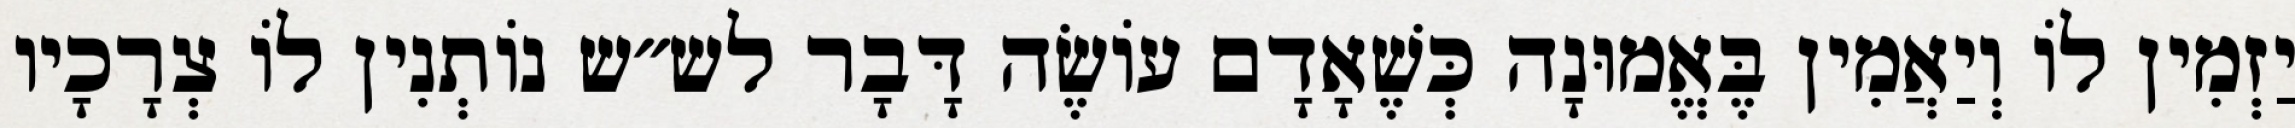
יַזְמִין לוֹ וְיַאֲמִין בֶּאֱמוּנָה כְּשֶׁאָדָם עוֹשֶׂה דָּבָר לש״ש נוֹתְנִין לוֹ צְרָכָיו